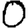
Digit: 0